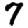
Digit: 7